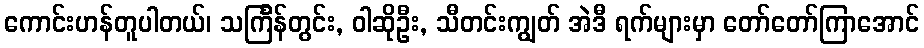
ကောင်းဟန်တူပါတယ်၊ သင်္ကြန်တွင်း, ဝါဆိုဦး, သီတင်းကျွတ် အဲဒီ ရက်များမှာ တော်တော်ကြာအောင်